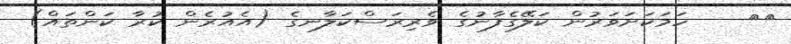
١٤    ހަމަކަށަވަރުން ކަލޭގެފާނުގެ ވެރިރަސްކަލާނގެ (އެއުރެން ކުރާ ކަންތައް)